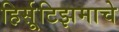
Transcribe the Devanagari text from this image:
हिर्सूटिझमाचे